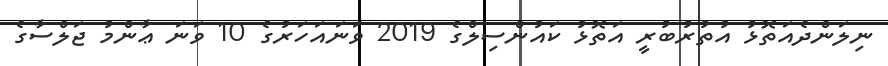
ނިލަންދެއަތޮޅު އުތުރުބުރީ އަތޮޅު ކައުންސިލްގެ 2019 ވަނައަހަރުގެ 10 ވަނަ ޢާންމު ޖަލްސާގެ